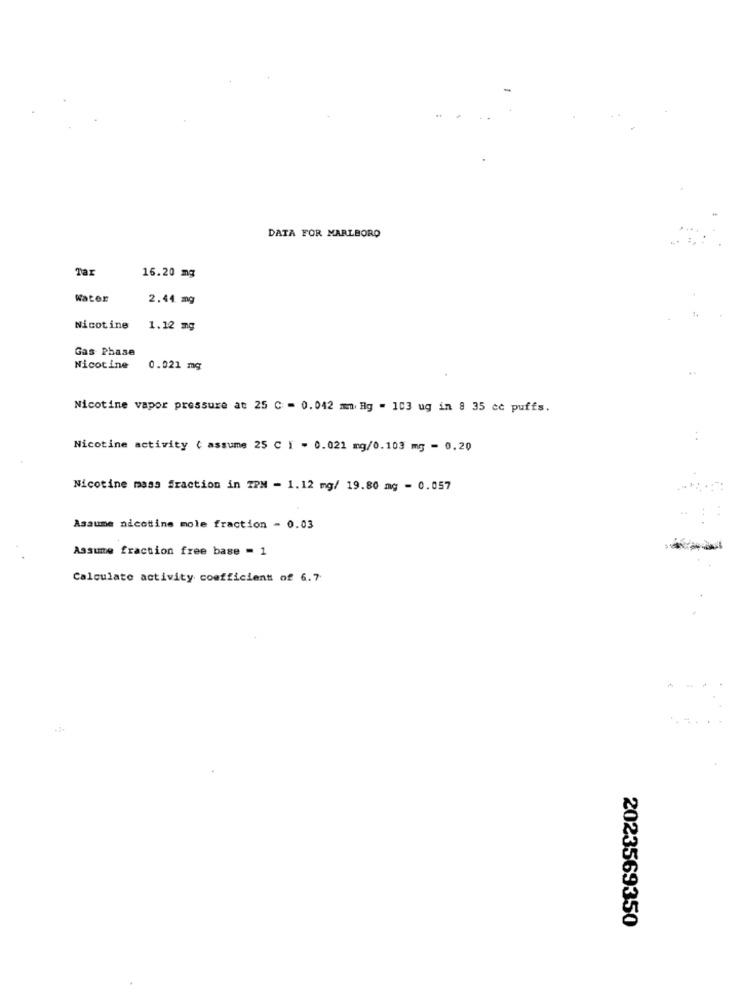
DATA FOR MARLBORO
Tax
16.20 mg
Water
2.44 mg
Nicotine 1.12 mg
Gas Phase
Nicotine
0.021 mg
Nicotine vapor pressure at 25 C = 0.042 mm Hg = 103 ug in 8 35 cc puffs.
Nicotine activity ( assume 25 C I = 0.021 mg/0.103 mg = 0.20
Nicotine mass fraction in IPM - 1.12 mg/ 19.80 mg - 0.057
Assume nicotine mole fraction = 0.03
Assume fraction free base = 1
Calculate activity coefficient of 6.7
2023569350